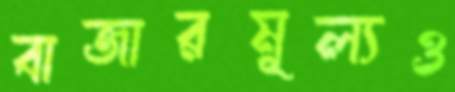
বাজারমূল্যও